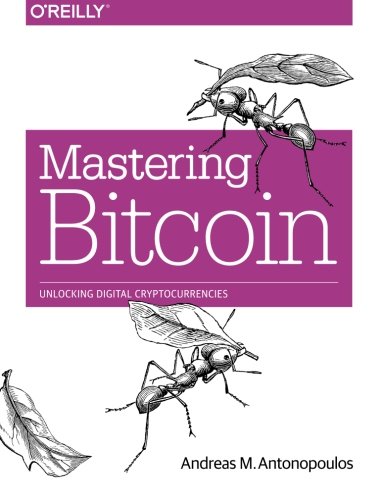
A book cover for Mastering Bitcoin: Unlocking Digital Cryptocurrencies; Andreas M. Antonopoulos; Computers & Technology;